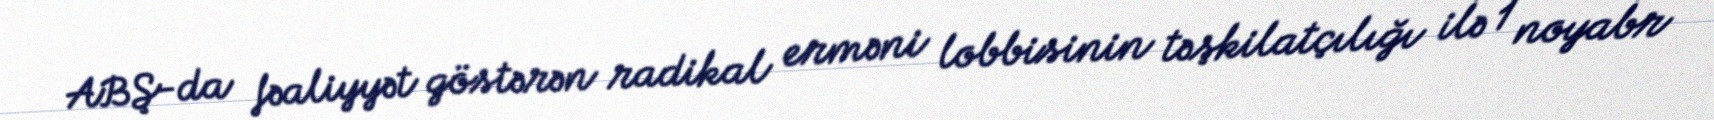
ABŞ-da fəaliyyət göstərən radikal erməni lobbisinin təşkilatçılığı ilə 1 noyabr